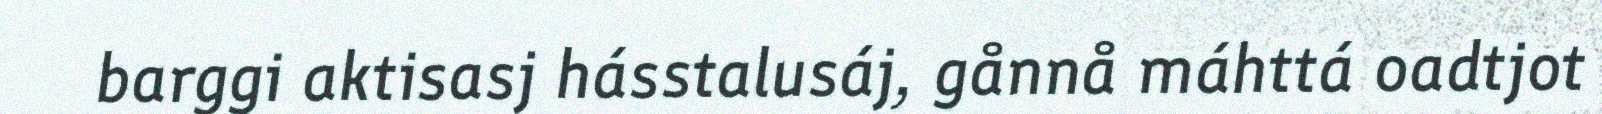
barggi aktisasj hásstalusáj, gånnå máhttá oadtjot